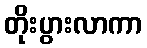
တိုးပွားလာကာ